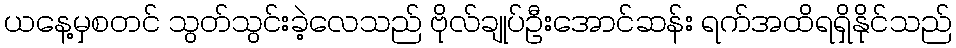
ယနေ့မှစတင် သွတ်သွင်းခဲ့လေသည် ဗိုလ်ချုပ်ဦးအောင်ဆန်း ရက်အထိရရှိနိုင်သည်